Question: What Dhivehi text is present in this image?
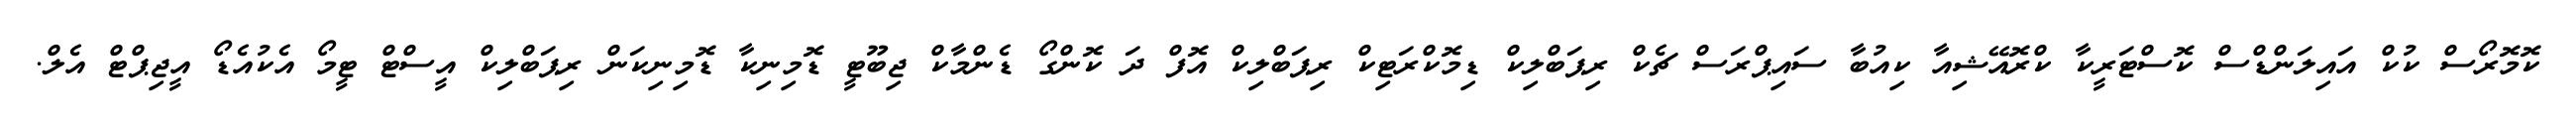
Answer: ކޮމޮރޯސް ކުކް އައިލަންޑްސް ކޮސްޓަރީކާ ކްރޮއޭޝިއާ ކިއުބާ ސައިޕްރަސް ޗެކް ރިޕަބްލިކް ޑިމޮކްރަޓިކް ރިޕަބްލިކް އޮފް ދަ ކޮންގޯ ޑެންމާކް ޖިބޫޓީ ޑޮމިނިކާ ޑޮމިނިކަން ރިޕަބްލިކް އީސްޓް ޓީމޯ އެކުއެޑޯ އީޖިޕްޓް އެލް.